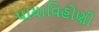
પાયાવિહોણી